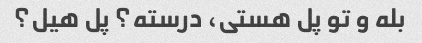
بله و تو پل هستی، درسته؟ پل هیل؟